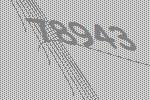
78943